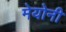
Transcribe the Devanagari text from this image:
मेयोनी